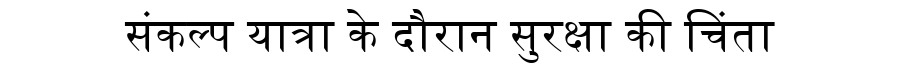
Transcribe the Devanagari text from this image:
संकल्प यात्रा के दौरान सुरक्षा की चिंता